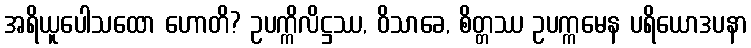
အရိယူပေါသထော ဟောတိ? ဥပက္ကိလိဋ္ဌဿ, ဝိသာခေ, စိတ္တဿ ဥပက္ကမေန ပရိယောဒပနာ